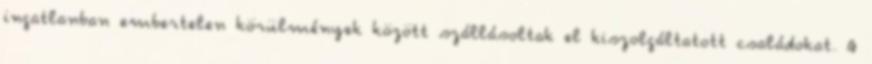
ingatlanban embertelen körülmények között szállásoltak el kiszolgáltatott családokat. A